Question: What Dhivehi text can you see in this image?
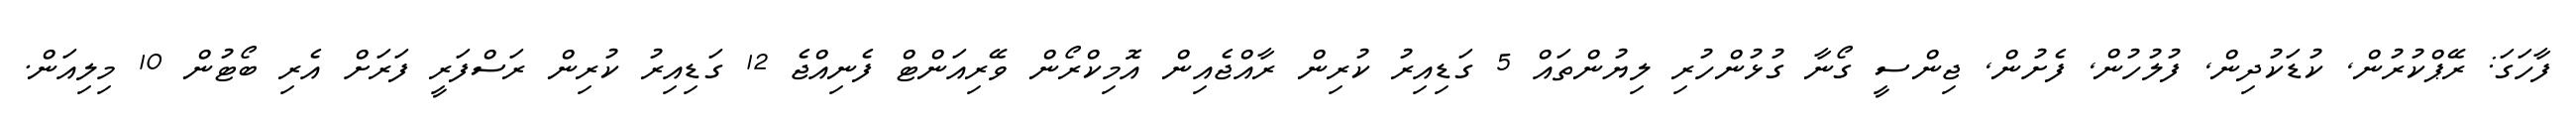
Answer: ފާހަގަ: ރޭޕްކުރުން, ކުޑަކުދިން, ފުލުހުން, ފެށުން, ޖިންސީ ގޯނާ ގުޅުންހުރި ލިޔުންތައް 5 ގަޑިއިރު ކުރިން ރާއްޖެއިން އޮމިކްރޯން ވޭރިއަންޓް ފެނިއްޖެ 12 ގަޑިއިރު ކުރިން ރަސްފަރީ ފަރަށް އެރި ބޯޓުން 10 މިލިއަން.